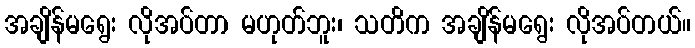
အချိန်မရွေး လိုအပ်တာ မဟုတ်ဘူး၊ သတိက အချိန်မရွေး လိုအပ်တယ်။